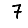
Digit: 7